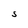
Character: S